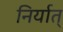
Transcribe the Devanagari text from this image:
निर्यात्‌